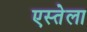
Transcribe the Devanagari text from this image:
एस्तेला